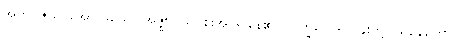
အဘိဝိဇိယ၊ အောင်မြင်၍။ အဇ္ဈာဝသိ၊ စိုးအုပ်၍နေ၏။ ဘိက္ခဝေ၊ ရဟန်းတို့။ သုနေတ္တော၊